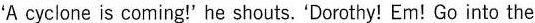
A cyclone is coming!he shouts. Dorothy! Em! Go into the